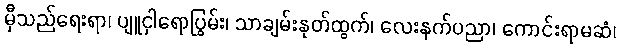
မှီသည်ရေးရာ၊ ပျူငှါရောပြွမ်း၊ သာချမ်းနုတ်ထွက်၊ လေးနက်ပညာ၊ ကောင်းရာမဆံ၊